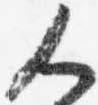
人